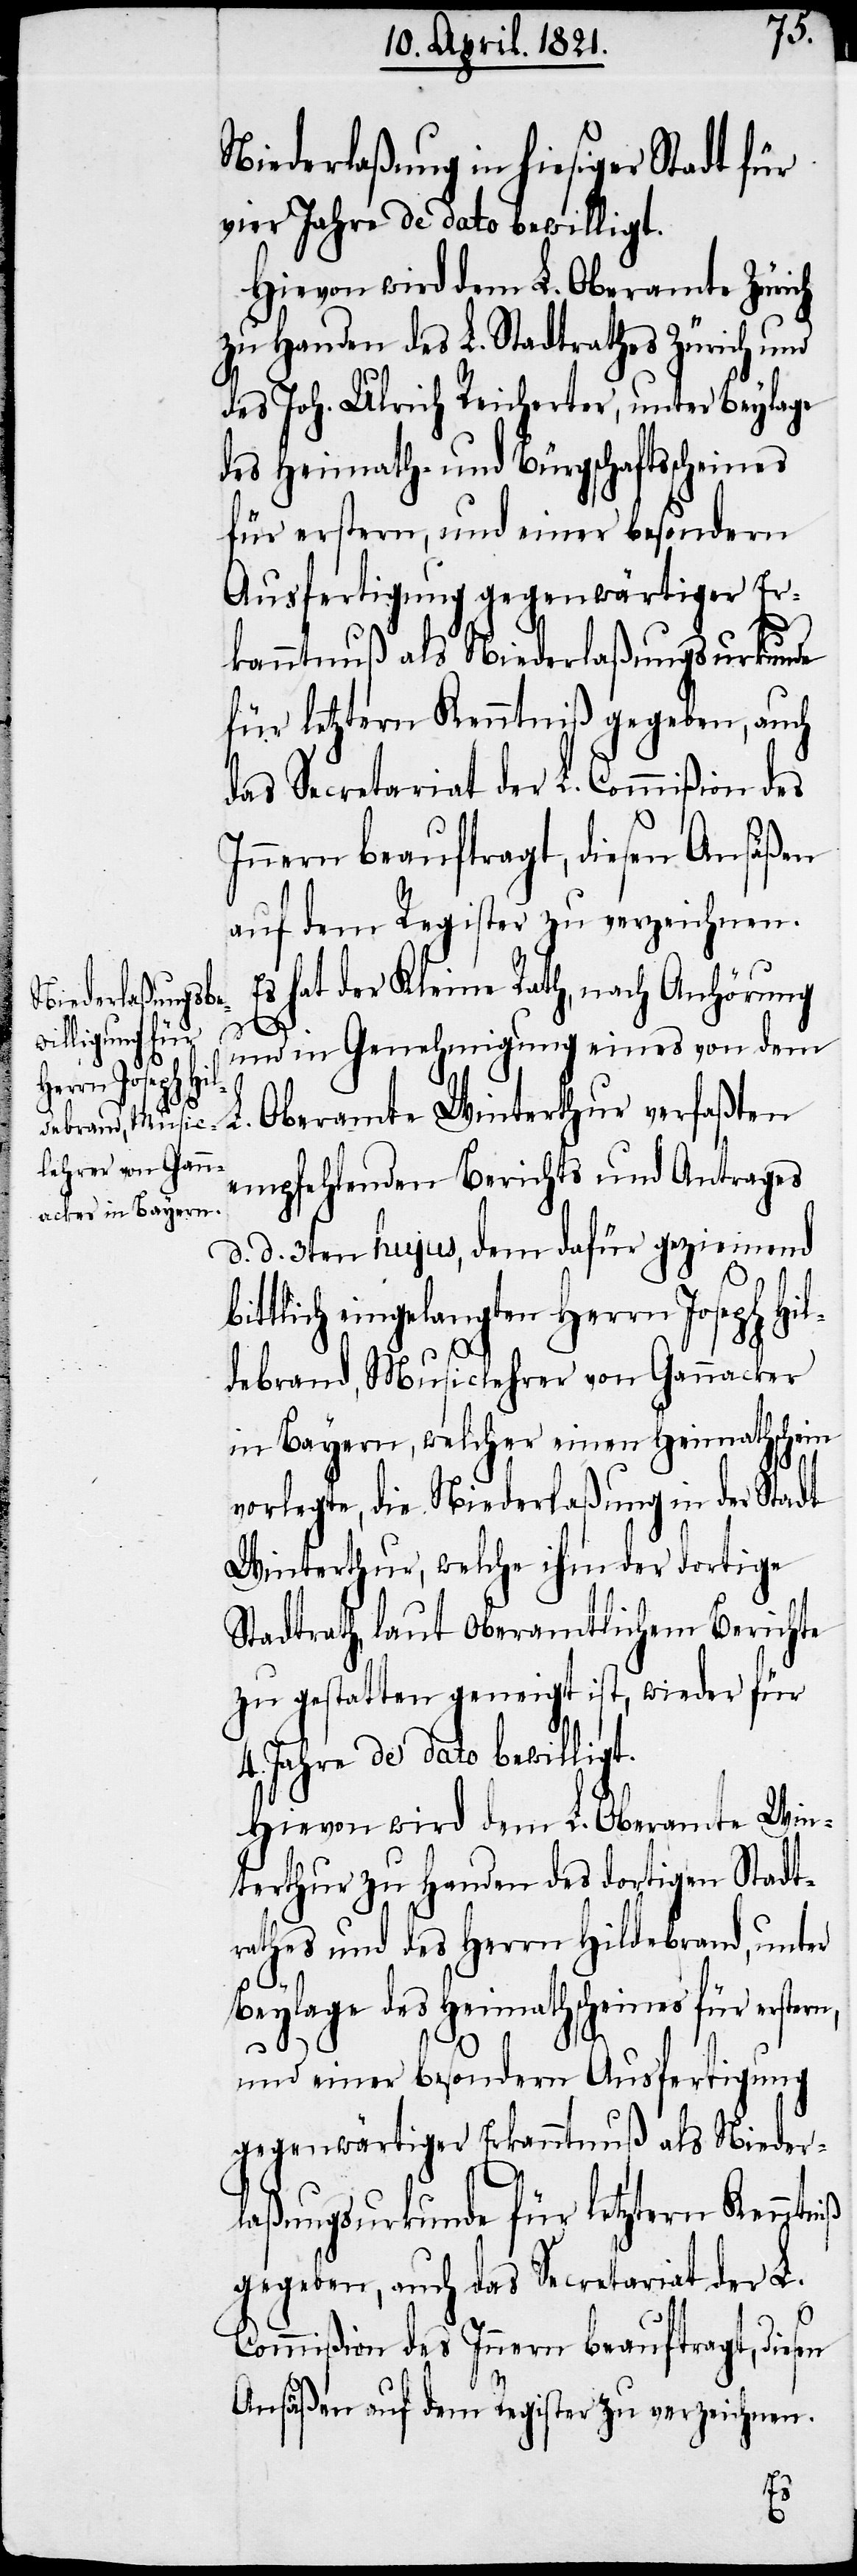
Hi¬

Niederlaßung in hiesiger Stadt für
vier Jahre de dato bewilligt.
Hievon wird dem L. Oberamte Zürich
zu Handen des L. Stadtrathes Zürich und
des Joh. Ulrich Reicherter, unter Beylage
des Heimaths- und Bürgschaftsscheines
für erstern, und einer besondern
Ausfertigung gegenwärtiger Er¬
kanntnuß als Niederlaßungsurkunde
für letztern Kenntniß gegeben, auch
das Secretariat der L. Commißion des
Innern beauftragt, diesen Ansäßen
auf dem Register zu verzeichnen.
Es hat der Kleine Rath, nach Anhörung
und in Genehmigung eines von dem
L. Oberamte Winterthur verfaßten
empfehlenden Berichts und Antrages
d. d. 3ten hujus, dem dafür geziemend
eingelangten Herrn Joseph
ldebrand, Musiclehrer von Gannacker
in Bayern, welcher einen Heimathschein
vorlegte, die Niederlaßung in der Stadt
Winterthur, welche ihm der dortige
Stadtrath, laut Oberamtlichem Berichte
zu gestatten geneigt ist, wieder für
4. Jahre de dato bewilligt.
Hievon wird dem L. Oberamte Win¬
terthur zu Handen des dortigen Stadt¬
rathes und des Herrn Hildebrand, unter
Beylage des Heimathscheins für erste¬
rn,
und einer besondern Ausfertigung
gegenwärtiger Erkanntnuß als Nieder¬
laßungsurkunde für letztern Kenntniß
gegeben, auch das Secretariat der L.
Commißion des Innern beauftragt, diesen
Ansäßen auf dem Register zu verzeichnen.